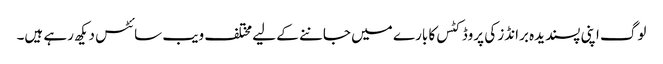
لوگ اپنی پسندیدہ برانڈز کی پروڈکٹس کا بارے میں جاننے کے لیے مختلف ویب سائٹس دیکھ رہے ہیں۔